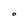
Character: O